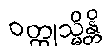
ဝတ္ထုသ္မိန္တိ